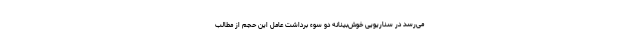
می‌رسد در سناریویی خوش‌بینانه دو سوء برداشت عامل این حجم از مطالب